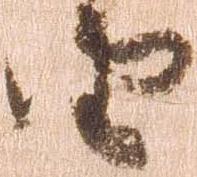
由